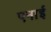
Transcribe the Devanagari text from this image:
एनाई